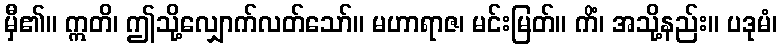
မှီ၏။ ဣတိ၊ ဤသို့လျှောက်လတ်သော်။ မဟာရာဇ၊ မင်းမြတ်။ ကိံ၊ အသို့နည်း။ ပဒုမံ၊